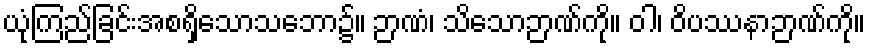
ယုံကြည်ခြင်းအစရှိသောသဘော၌။ ဉာဏံ၊ သိသောဉာဏ်ကို။ ဝါ၊ ဝိပဿနာဉာဏ်ကို။